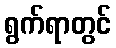
ရွက်ရာတွင်